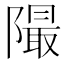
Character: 𨼥